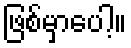
ဖြစ်မှာပေါ့။